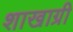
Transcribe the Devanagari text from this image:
शाखाग्री